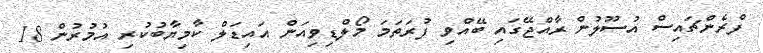
ފްރެންޗައިސް އުސޫލުން ރާއްޖޭގައި ބޭއްވި ފުރަތަމަ މޯލްޑިވިއަން އައިޑަލް ކާމިޔާބުކުރި އުމުރުން 18